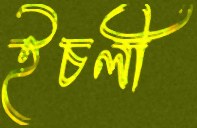
ইচলী